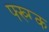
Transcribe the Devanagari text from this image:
फ्ख्ग्क